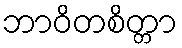
ဘာဝိတစိတ္တာ